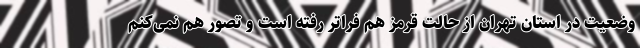
وضعیت در استان تهران از حالت قرمز هم فراتر رفته است و تصور هم نمی‌کنم